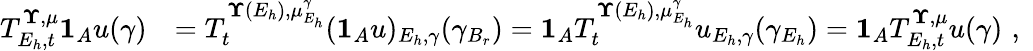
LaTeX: \begin{array}{rl}{T_{E_{h},t}^{{\mathbf\Upsilon},{\mu}}\mathbf 1_{A}u(\gamma)}&{=T_{t}^{{\mathbf\Upsilon}(E_{h}),{\mu}_{E_{h}}^{\gamma}}(\mathbf 1_{A}u)_{E_{h},\gamma}(\gamma_{B_{r}})=\mathbf 1_{A}T_{t}^{{\mathbf\Upsilon}(E_{h}),{\mu}_{E_{h}}^{\gamma}}u_{E_{h},\gamma}(\gamma_{E_{h}})=\mathbf 1_{A}T_{E_{h},t}^{{\mathbf\Upsilon},{\mu}}u(\gamma)\, \, \mathrm{,}\; \, }\end{array}